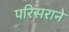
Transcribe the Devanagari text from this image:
परिसराने